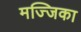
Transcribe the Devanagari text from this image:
मज्जिका